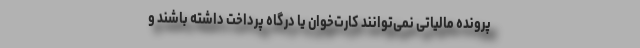
پرونده مالیاتی نمی‌توانند کارت‌خوان یا درگاه پرداخت داشته باشند و